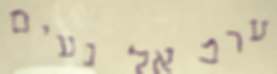
ערב אל נעים